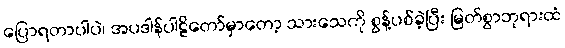
ပြောရတာပါပဲ၊ အပဒါန်ပါဠိတော်မှာတော့ သားသေကို စွန့်ပစ်ခဲ့ပြီး မြတ်စွာဘုရားထံ